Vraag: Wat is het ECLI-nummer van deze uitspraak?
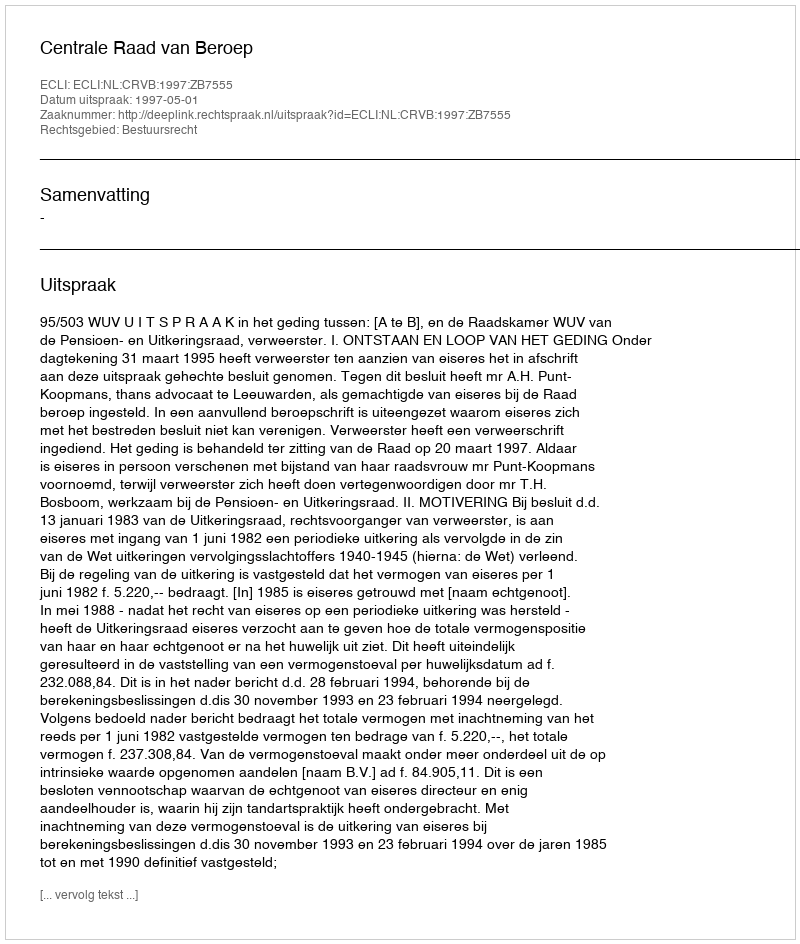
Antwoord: ECLI:NL:CRVB:1997:ZB7555